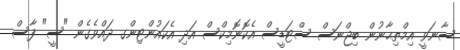
ސާނަވީ އިމްތިޙާނުން ބިޖްނަސް ސްޓަޑީސް އެކޮނޮމިކްސް އަދި އެކައުންޓިންގ ދައްވެގެން "ސީ" ފާސް